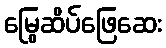
မြွေဆိပ်ဖြေဆေး